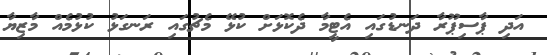
އަދި ޕާސިޕޫރާ ދަނޑުގައި އެޓީމާ ދެކޮޅަށް ކުޅޭ މެޗުގައި ރަނގަޅު ކުޅުމެއް މާޒިޔާ